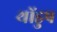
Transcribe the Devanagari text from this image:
थोंडुप